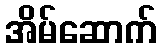
အိမ်ဆောက်